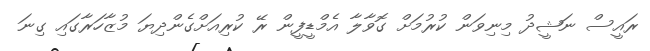
ރައީސް ނަޝީދު މިނިވަން ކުރުމަށް ގޮވާލާ އެމްޑީފީން ރޭ ކުރިއަށްގެންދިޔަ މުޒާހަރާގައި ގިނަ